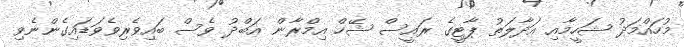
މުހައްމަދު ޝަހީމާއި އަދާލަތު ޕާޓީގެ ރައީސް ޝޭހް އިމްރާން އަބްދު ވެސް ބައިވެރިވެވަޑައިގެންނެވި